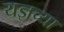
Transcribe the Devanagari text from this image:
यज्ञच्या